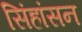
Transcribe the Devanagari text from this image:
सिंहांसन